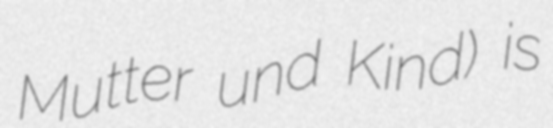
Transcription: Mutter und Kind) is